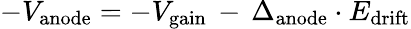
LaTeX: -V_{\mathrm{anode}}=-V_{\mathrm{gain}}\, -\, \Delta_{\mathrm{anode}}\cdot E_{\mathrm{drift}}